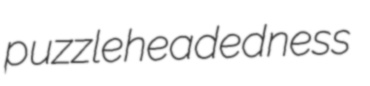
puzzleheadedness